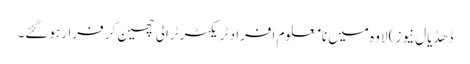
ڈھڈیال نیوز) لاوہ میں نامعلوم افراد ٹریکٹر ٹرالی چھین کر فرار ہوگئے۔